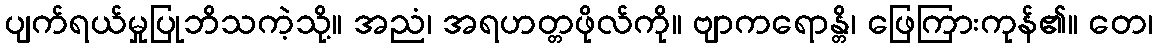
ပျက်ရယ်မှုပြုဘိသကဲ့သို့။ အညံ၊ အရဟတ္တဖိုလ်ကို။ ဗျာကရောန္တိ၊ ဖြေကြားကုန်၏။ တေ၊